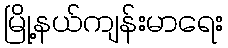
မြို့နယ်ကျန်းမာရေး